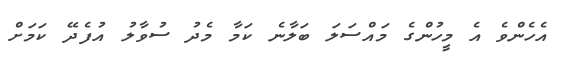
އެހެންވެ އެ މީހުންގެ މައްސަލަ ބަލާނެ ކަމާ މެދު ސުވާލު އުފެދޭ ކަމަށް